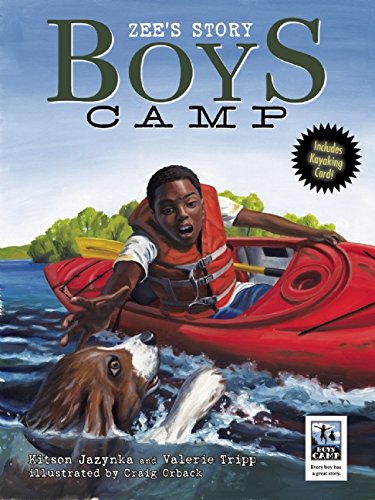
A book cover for Boys Camp: Zee's Story; Kitson Jazynka; Children's Books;